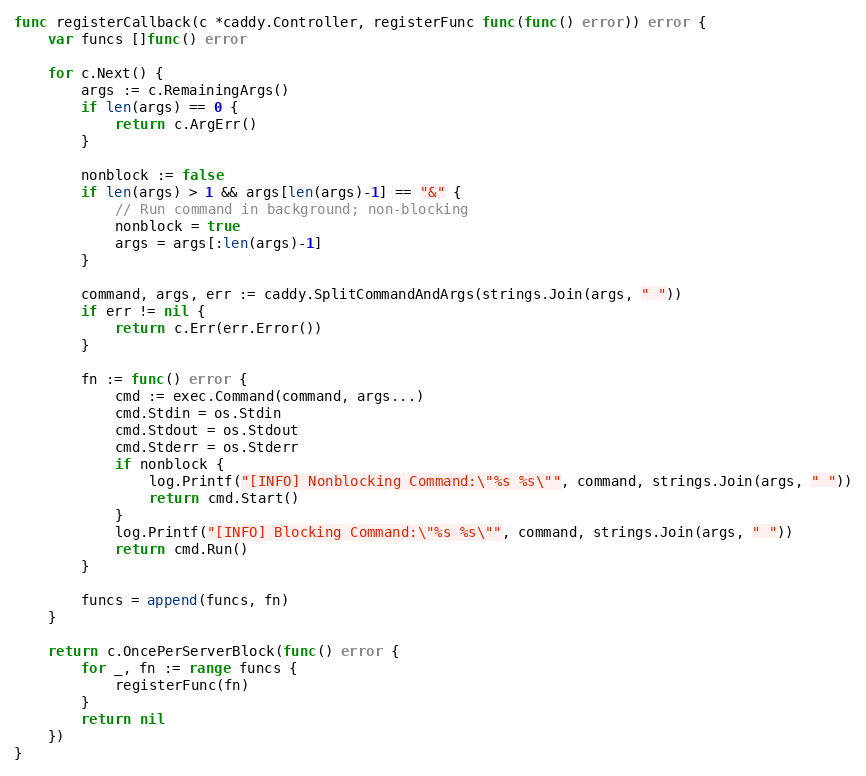
Language: Go
func registerCallback(c *caddy.Controller, registerFunc func(func() error)) error {
	var funcs []func() error

	for c.Next() {
		args := c.RemainingArgs()
		if len(args) == 0 {
			return c.ArgErr()
		}

		nonblock := false
		if len(args) > 1 && args[len(args)-1] == "&" {
			// Run command in background; non-blocking
			nonblock = true
			args = args[:len(args)-1]
		}

		command, args, err := caddy.SplitCommandAndArgs(strings.Join(args, " "))
		if err != nil {
			return c.Err(err.Error())
		}

		fn := func() error {
			cmd := exec.Command(command, args...)
			cmd.Stdin = os.Stdin
			cmd.Stdout = os.Stdout
			cmd.Stderr = os.Stderr
			if nonblock {
				log.Printf("[INFO] Nonblocking Command:\"%s %s\"", command, strings.Join(args, " "))
				return cmd.Start()
			}
			log.Printf("[INFO] Blocking Command:\"%s %s\"", command, strings.Join(args, " "))
			return cmd.Run()
		}

		funcs = append(funcs, fn)
	}

	return c.OncePerServerBlock(func() error {
		for _, fn := range funcs {
			registerFunc(fn)
		}
		return nil
	})
}